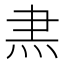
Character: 𭴘